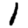
Digit: 1